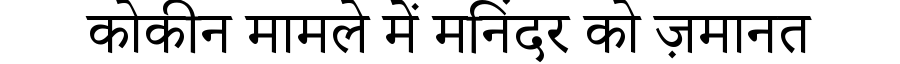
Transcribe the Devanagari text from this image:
कोकीन मामले में मनिंदर को ज़मानत